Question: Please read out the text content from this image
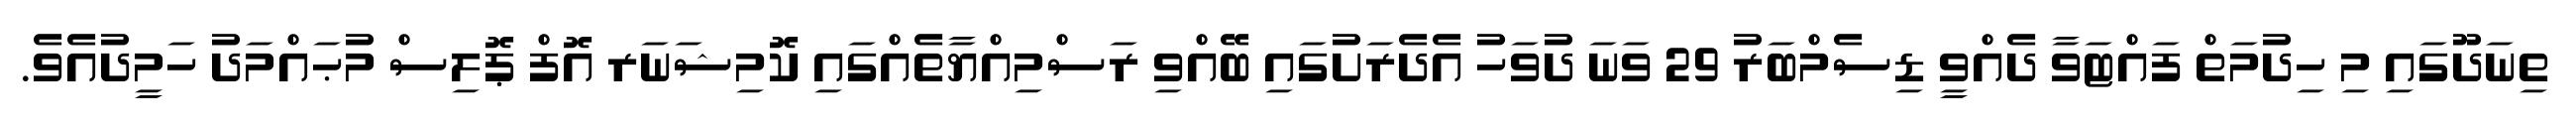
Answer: ތިނަދޫގައި މި ހިދުމަތް ފައްޓަވާ ދެއްވީ ޑިސެމްބަރު 29 ވަނަ ދުވަހު އެދެރަށުގައި ބޭއްވި ރަސްމިއްޔާތެއްގައި ކޮމިޝަނަރ އޮފް ޕޮލިސް މުޙައްމަދު ހަމީދުއެވެ.